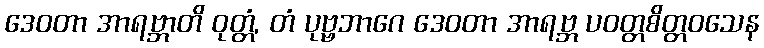
ဒေဝတာ အာရဗ္ဘာတိ ဝုတ္တံ, တံ ပုဗ္ဗဘာဂေ ဒေဝတာ အာရဗ္ဘ ပဝတ္တစိတ္တဝသေန